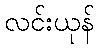
လင်းယုန်